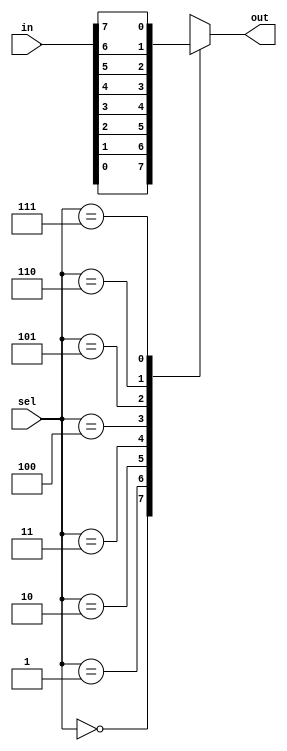
`timescale 1ns / 1ps
////////////////////////////////////////////////////////////////////////////////
// Design Name:   mux81
// Module Name:   D:/verilog/mux81/mux81tb.v
// Project Name:  mux81 
// Tool versions:  ISE Design Suite 14.7  
// Revision 0.01 - File Created
//////////////////////////////////////////////////////////////////////////////////
module mux81(in,sel,out);
input[7:0]in;
input[2:0]sel;
output out;
reg out;
always @(in or sel)
begin
case(sel)
3'b000:out=in[0];
3'b001:out=in[1];
3'b010:out=in[2];
3'b011:out=in[3];
3'b100:out=in[4];
3'b101:out=in[5];
3'b110:out=in[6];
3'b111:out=in[7];
default:out=1'bz;
endcase 
end 
endmodule